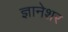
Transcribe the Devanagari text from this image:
ज्ञानेशर